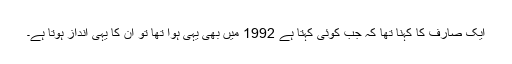
ایک صارف کا کہنا تھا کہ جب کوئی کہتا ہے 1992 میں بھی یہی ہوا تھا تو ان کا یہی انداز ہوتا ہے۔